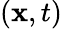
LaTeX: (\mathbf{x},t)